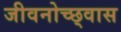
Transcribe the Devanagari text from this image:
जीवनोच्छ्वास